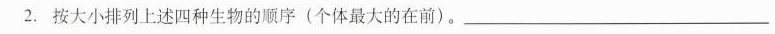
2.按大小排列上述四种生物的顺序(个体最大的在前)。___